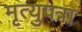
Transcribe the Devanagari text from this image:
मृत्युपत्रा